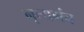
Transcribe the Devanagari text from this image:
नृत्यमंच